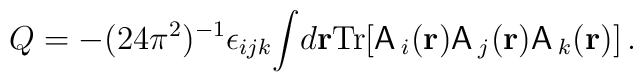
Q=-(24{\pi}^2)^{-1}{\epsilon}_{ijk}{\int}d{\bf{r}}\mbox{Tr}[{\sf A}\,_i({\bf{r}}){\sf A}\,_j({\bf{r}}){\sf A}\,_k({\bf{r}})]\,.